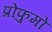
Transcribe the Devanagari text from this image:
प्रोफुमो